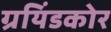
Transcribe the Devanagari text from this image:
ग्रयिंडकोर